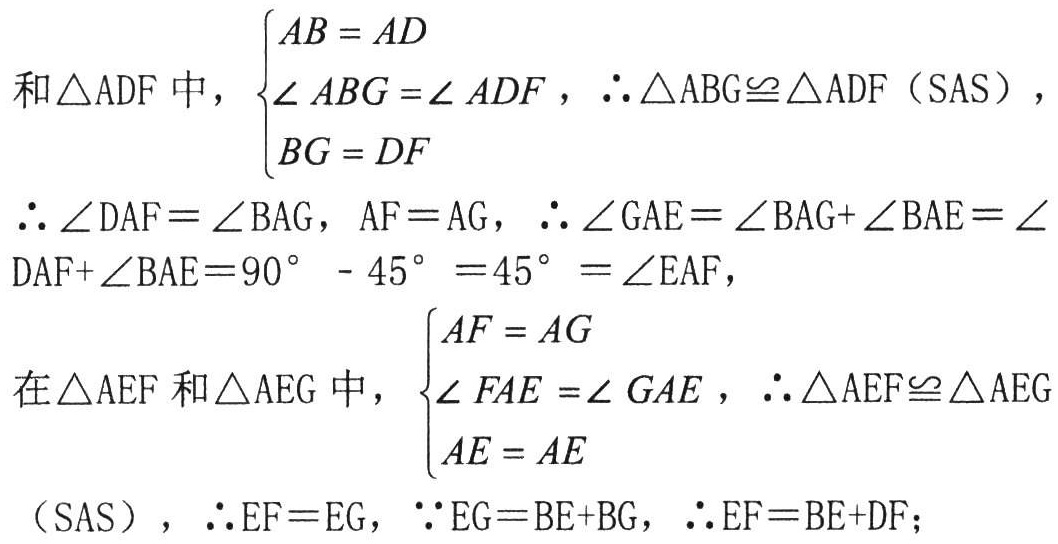
在\(\triangle ABG\)和\(\triangle ADF\)中，\(\begin{cases}AB = AD\\\angle ABG=\angle ADF\\BG = DF\end{cases}\)，\(\therefore\triangle ABG\cong\triangle ADF\)（SAS），

\(\therefore \angle DAF = \angle BAG\)，\(AF = AG\)，\(\therefore \angle GAE=\angle BAG+\angle BAE=\angle DAF+\angle BAE = 90^{\circ}-45^{\circ}=45^{\circ}=\angle EAF\)，

在\(\triangle AEF\)和\(\triangle AEG\)中，\(\begin{cases}AF = AG\\\angle FAE=\angle GAE\\AE = AE\end{cases}\)，\(\therefore\triangle AEF\cong\triangle AEG\)（SAS），\(\therefore EF = EG\)，\(\because EG=BE + BG\)，\(\therefore EF=BE + DF\)；